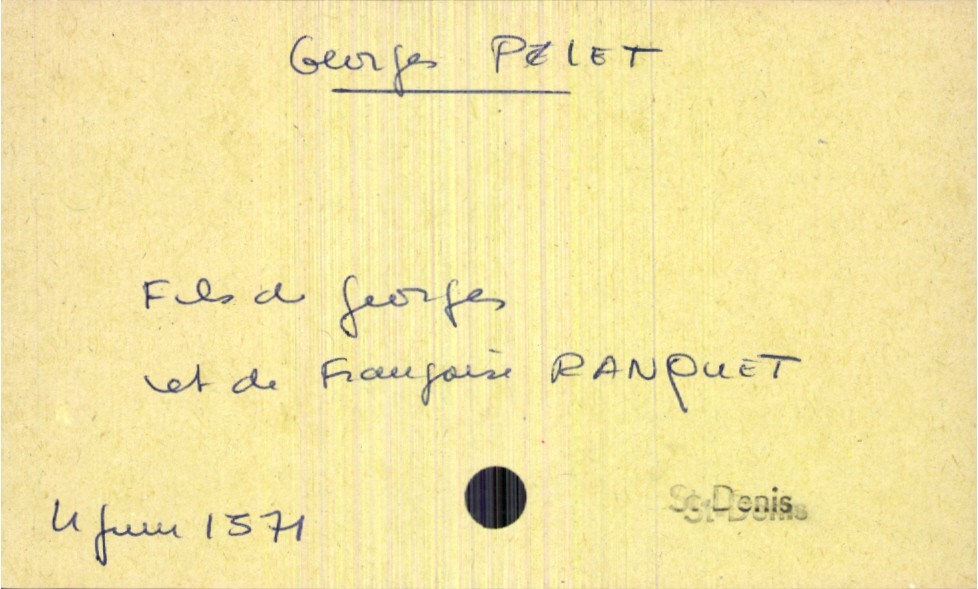
type_acte: Baptême
filiation: fils
enfant_prénom: Georges
enfant_date_de_naissance: 4 juin 1571
enfant_lieu_de_naissance: Saint-Denis
père_enfant_nom: Pelet
père_enfant_prénom: Georges
mère_enfant_nom: Ranquet
mère_enfant_prénom: Françoise